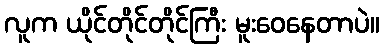
လူက ယိုင်တိုင်တိုင်ကြီး မူးဝေနေတာပဲ။